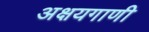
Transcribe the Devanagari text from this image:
अक्षयगाणी